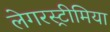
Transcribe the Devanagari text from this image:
लेगरस्ट्रीमिया